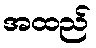
အထည်